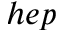
h e p